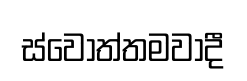
ස්වෝත්තමවාදී